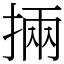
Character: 掚